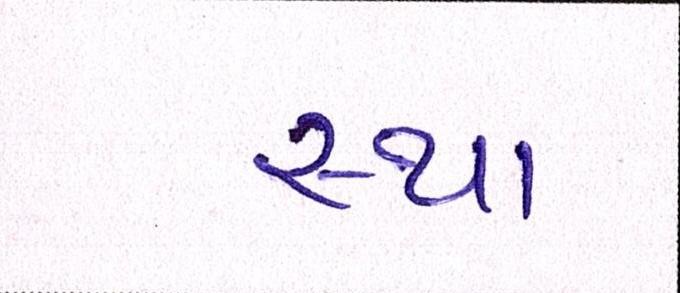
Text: સ્થા